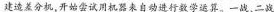
建造差分机，开始尝试用机器来自动进行数学运算。一战、二战